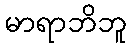
မာရာဘိဘူ